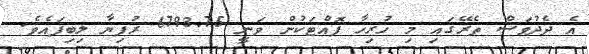
އެ ދެދުވަސް ތެރޭގައި މި ހުރިހާ ފޮއްޓަކުން ވަނީ 6793.75 ރުފިޔާ ލިބިފައެވެ.